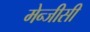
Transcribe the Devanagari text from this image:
मेन्जीसी